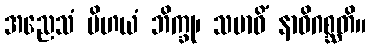
အညေသံ ပိဟယံ ဘိက္ခု၊ သမာဓိံ နာဓိဂစ္ဆတိ။